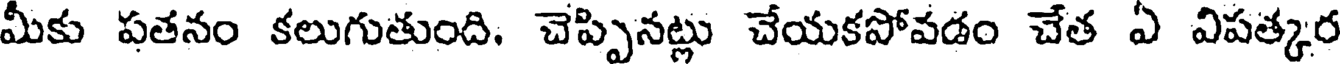
మీకు పతనం కలుగుతుంది. చెప్పినట్లు చేయకపోవడం చేత ఏ విపత్కర